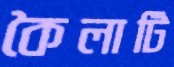
কৈলাটি